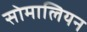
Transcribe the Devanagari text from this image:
सोमालियन